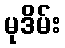
မုဒိမ်း